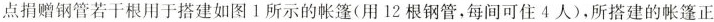
点捐赠钢管若干根用于搭建如图Ⅰ所示的帐篷(用12根钢管，每间可住4人)，所搭建的帐篷正